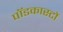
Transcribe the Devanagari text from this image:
पॉडकास्टों